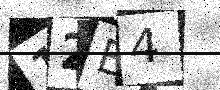
Text: 12E4